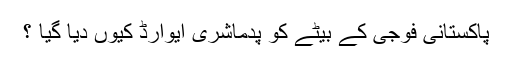
پاکستانی فوجی کے بیٹے کو پدماشری ایوارڈ کیوں دیا گیا ؟